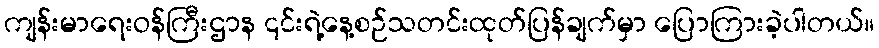
ကျန်းမာရေးဝန်ကြီးဌာန ၎င်းရဲ့နေ့စဉ်သတင်းထုတ်ပြန်ချက်မှာ ပြောကြားခဲ့ပါတယ်။